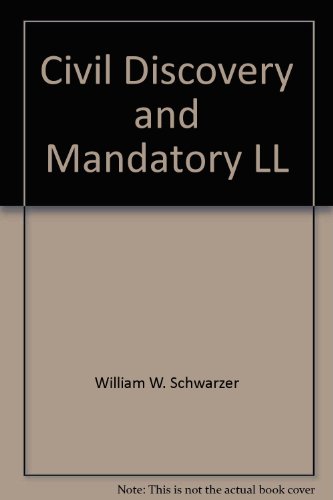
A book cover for Civil Discovery & Mandatory Disclosure: A Guide to Efficient Practice; William W. Schwarzer; Law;